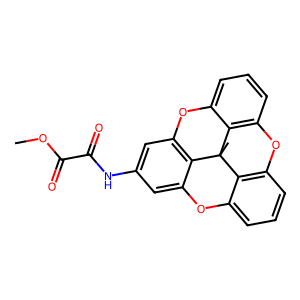
SMILES: COC(=O)C(=O)Nc1cc2c3c(c1)Oc1cccc4c1C3(C)c1c(cccc1O2)O4
Inhibits HIV replication: Yes